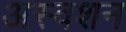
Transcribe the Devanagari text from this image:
अस्वशन